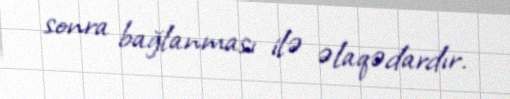
sonra bağlanması ilə əlaqədardır.